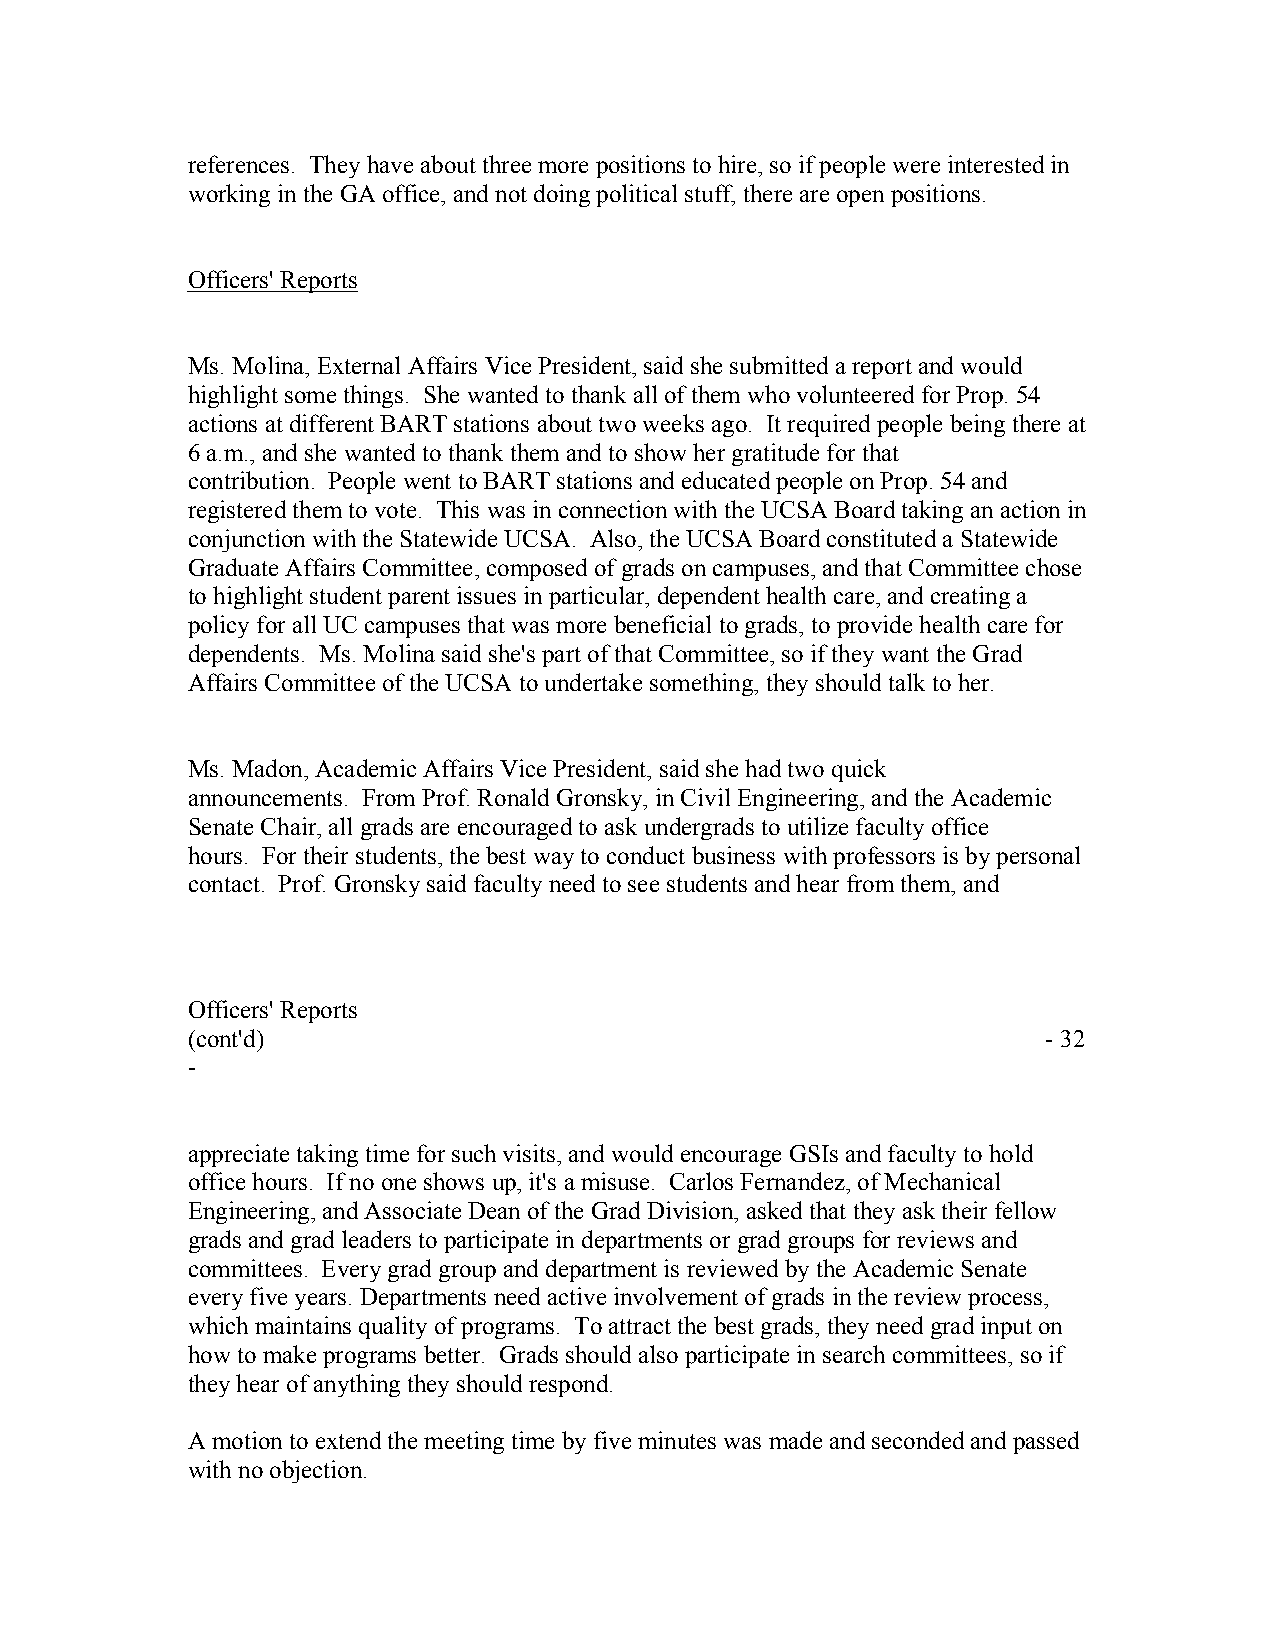
references. They have about three more positions to hire, so if people were interested in
 working in the GA office, and not doing political stuff, there are open positions.
 Officers' Reports
 Ms. Molina, External Affairs Vice President, said she submitted a report and would
 highlight some things. She wanted to thank all of them who volunteered for Prop. 54
 actions at different BART stations about two weeks ago. It required people being there at
 6 a.m., and she wanted to thank them and to show her gratitude for that
 contribution. People went to BART stations and educated people on Prop. 54 and
 registered them to vote. This was in connection with the UCSA Board taking an action in
 conjunction with the Statewide UCSA. Also, the UCSA Board constituted a Statewide
 Graduate Affairs Committee, composed of grads on campuses, and that Committee chose
 to highlight student parent issues in particular, dependent health care, and creating a
 policy for all UC campuses that was more beneficial to grads, to provide health care for
 dependents. Ms. Molina said she's part of that Committee, so if they want the Grad
 Affairs Committee of the UCSA to undertake something, they should talk to her.
 Ms. Madon, Academic Affairs Vice President, said she had two quick
 announcements. From Prof. Ronald Gronsky, in Civil Engineering, and the Academic
 Senate Chair, all grads are encouraged to ask undergrads to utilize faculty office
 hours. For their students, the best way to conduct business with professors is by personal
 contact. Prof. Gronsky said faculty need to see students and hear from them, and
 Officers' Reports
 (cont'd)                                                 - 32
 -
 appreciate taking time for such visits, and would encourage GSIs and faculty to hold
 office hours. If no one shows up, it's a misuse. Carlos Fernandez, of Mechanical
 Engineering, and Associate Dean of the Grad Division, asked that they ask their fellow
 grads and grad leaders to participate in departments or grad groups for reviews and
 committees. Every grad group and department is reviewed by the Academic Senate
 every five years. Departments need active involvement of grads in the review process,
 which maintains quality of programs. To attract the best grads, they need grad input on
 how to make programs better. Grads should also participate in search committees, so if
 they hear of anything they should respond.
 A motion to extend the meeting time by five minutes was made and seconded and passed
 with no objection.